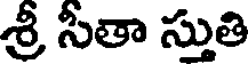
శ్రీ సీతా స్తుతి